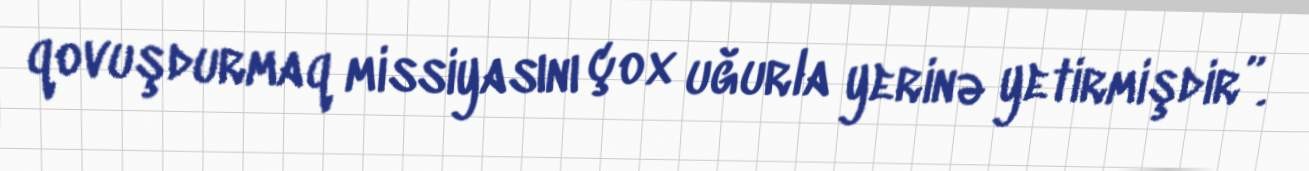
qovuşdurmaq missiyasını çox uğurla yerinə yetirmişdir”.